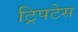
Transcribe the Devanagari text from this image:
ट्रिपटेस